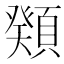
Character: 𩔆